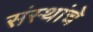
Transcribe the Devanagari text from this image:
संंस्थांचे